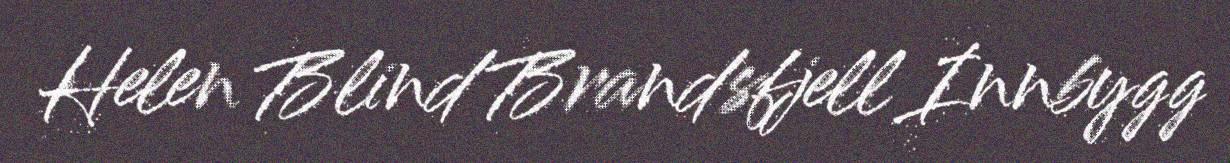
Helen Blind Brandsfjell Innbygg